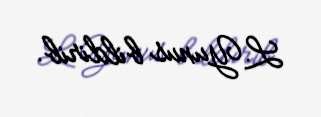
L.Yunus bildirib.